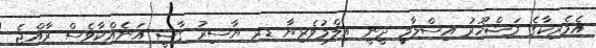
އެމެރިކާގެ މަޝްހޫރު އިސްލާމީ ދީނީ އިލްމުވެރިޔާ ޑރ ޔާސިރު ގާޟީ އަނެއްކާވެސް ރާއްޖެ